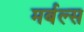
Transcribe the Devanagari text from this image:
मर्बल्स